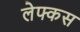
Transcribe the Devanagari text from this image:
लेफ्कस